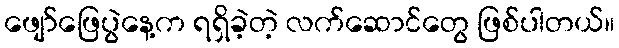
ဖျော်ဖြေပွဲနေ့က ရရှိခဲ့တဲ့ လက်ဆောင်တွေ ဖြစ်ပါတယ်။